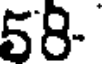
58-